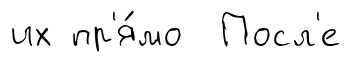
их пр'я́мо Посл'е